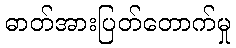
ဓာတ်အားပြတ်တောက်မှု